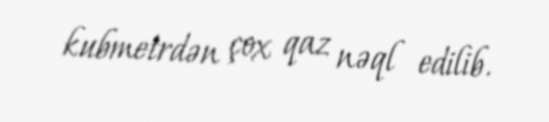
kubmetrdən çox qaz nəql edilib.